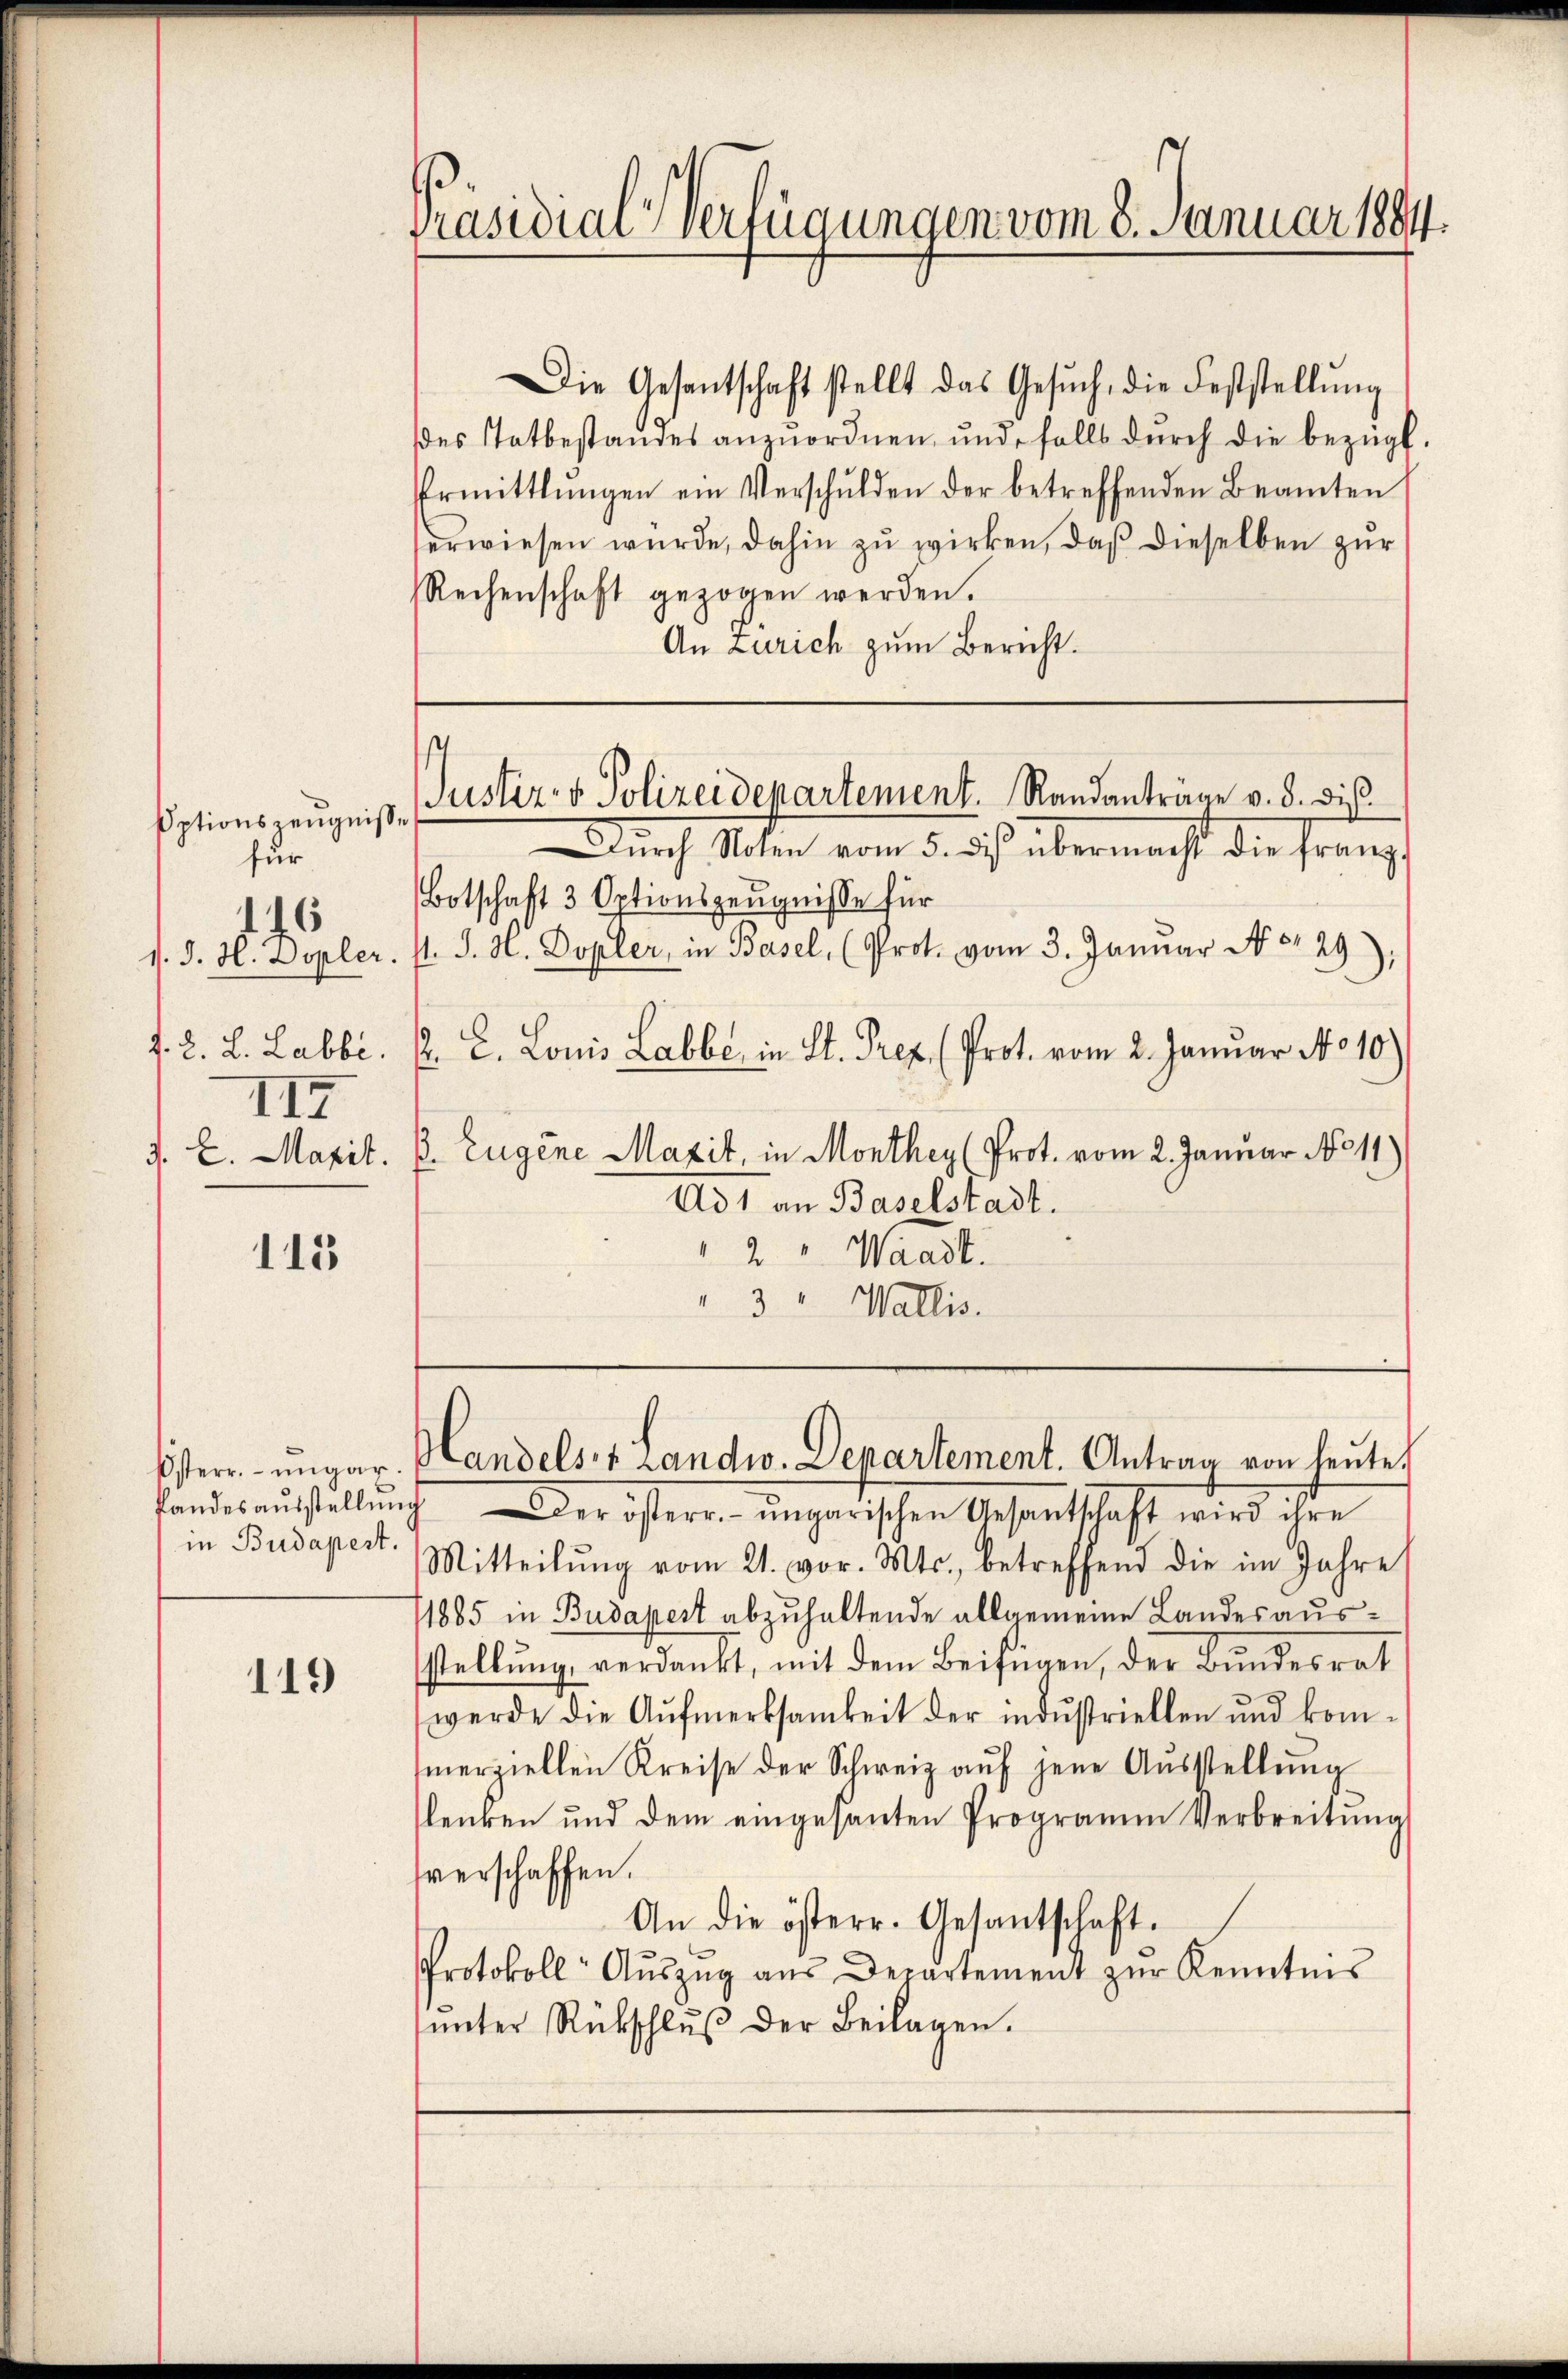
Optionszeugnisse
für
145
d. 2. L. Labbi.
117
J. E. Maxit.

115

in Budapest.

119

Präsidial-Verfügungen vom 8. Januar 1884.

Die Gesantschaft stellt das Gesŭch, die Feststellŭng
des Tatbestandes anzuordnen, und falls durch die bezügl.
Ermittlungen ein Verschulden der betreffenden Beamten
erwiesen wurde, dahin zu wirken, daß dieselben zur
Rechenschaft gezogen werden.
An Zürich zum Bericht.

Durch Noten vom 5. ds. übermacht die Franz,
Botschaft 3 Optionszeugnisse für
d. J. H. Dopler. sl. J. H. Dopler, in Basel, (Prot. vom 3. Januar No 129):
. L. Louis Labbe, in St. Prez. (Prot. vom 2. Januar No 10)
ß. Eugene Maxit, in Monthey (Prot. vom 2. Januar No 11.)
Ad 1 an Baselstadt.
2 " Waadt.
" 3 " Wallis.

s
Justiz- & Polizeidepartement. Randanträge v. 3. dis¬

Österr.-ungar. Handels & Landw. Departement. Antrag von heute

fandesaŭsstellŭng der österr.- ŭngarischen Gesantschaft wird ihre
Mitteilŭng vom 21. vor. Mts., betreffend die im Jahre
1885 in Budapest abzuhaltende allgemeine Landesausstellung, verdankt, mit dem Beifügen, der Bundesrat
werde die Aŭfmerksamkeit der industriellen und kom-
erziellen Kreise der Schweiz auf jene Ausstellung
lenken und dem eingesanten Programm Verbreitŭng
verschaffen.
An die österr. Gesantschaft.
Protokoll Aŭszŭg aŭs Departement zŭr Kenntnis
ŭnter Rückschlŭβ der Beilagen.